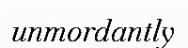
unmordantly